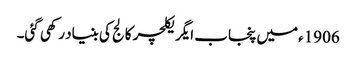
1906ء میں پنجاب ایگریکلچر کالج کی بنیاد رکھی گئی۔